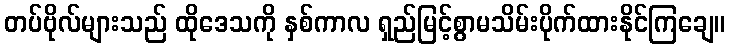
တပ်ဗိုလ်များသည် ထိုဒေသကို နှစ်ကာလ ရှည်မြင့်စွာမသိမ်းပိုက်ထားနိုင်ကြချေ။